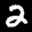
Label: 2